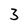
Character: 3